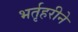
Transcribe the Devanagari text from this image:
भर्तृहरीने